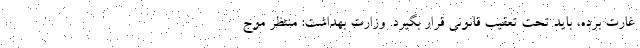
غارت برده، باید تحت تعقیب قانونی قرار بگیرد. وزارت بهداشت: منتظر موج